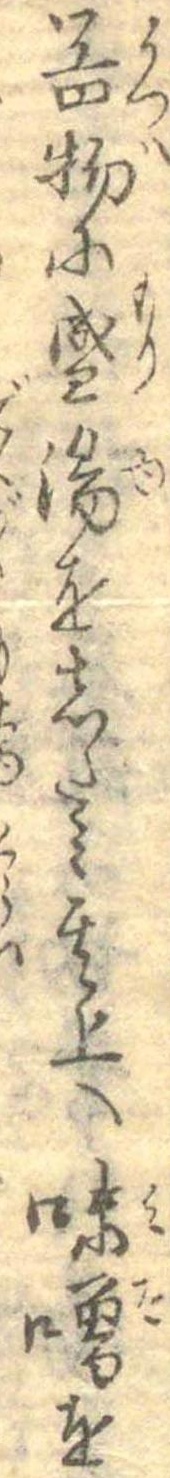
器物に盛湯をしたみ其上へ味噌を